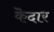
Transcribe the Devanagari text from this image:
कॆदार